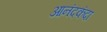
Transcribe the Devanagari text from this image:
आनंदकंदा